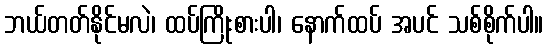
ဘယ်တတ်နိုင်မလဲ၊ ထပ်ကြိုးစားပါ၊ နောက်ထပ် အပင် သစ်စိုက်ပါ။